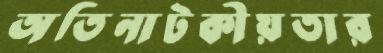
অতিনাটকীয়তার